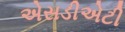
એસડીએટી